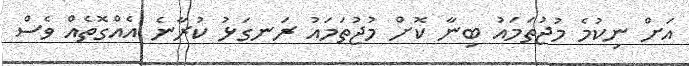
އަށް ނިކުމެ މުޖުތަމައު ބިނާ ކޮށް މުޖުތަމައު ރަނގަޅު ކުރާނެ އެއްގޮތެއް ވެސް